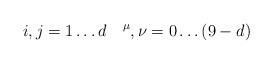
LaTeX: \begin{align*}i,j = 1 \ldots d \quad \sp \mu,\nu = 0 \ldots (9-d)\end{align*}